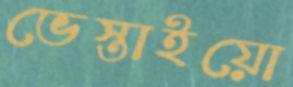
ভেস্তাইয়ো